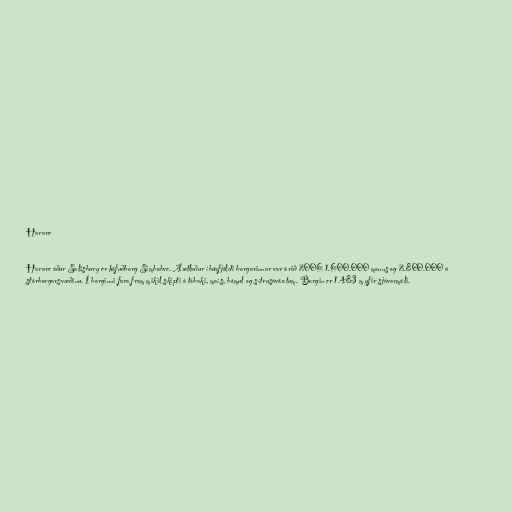
Harare

Harare áður Salisbury er höfuðborg Simbabve. Áætlaður íbúafjöldi borgarinnar var árið 2006 1.600.000 manns og 2.800.000 á
stórborgarsvæðinu. Í borginni fara fram mikil skipti á tóbaki, maís, bómul og sítrusávöxtum. Borgin er 1.483 m yfir sjávarmáli.